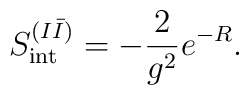
S_{\rm int}^{(I \bar I)} = - \frac{2}{g^2} e^{- R}.